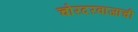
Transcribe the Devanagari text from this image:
चोरदरवाजाची